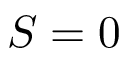
S = 0